65_HS1-834228961_62-HQ-83894_Section_1
Agency: FBI
Page 111
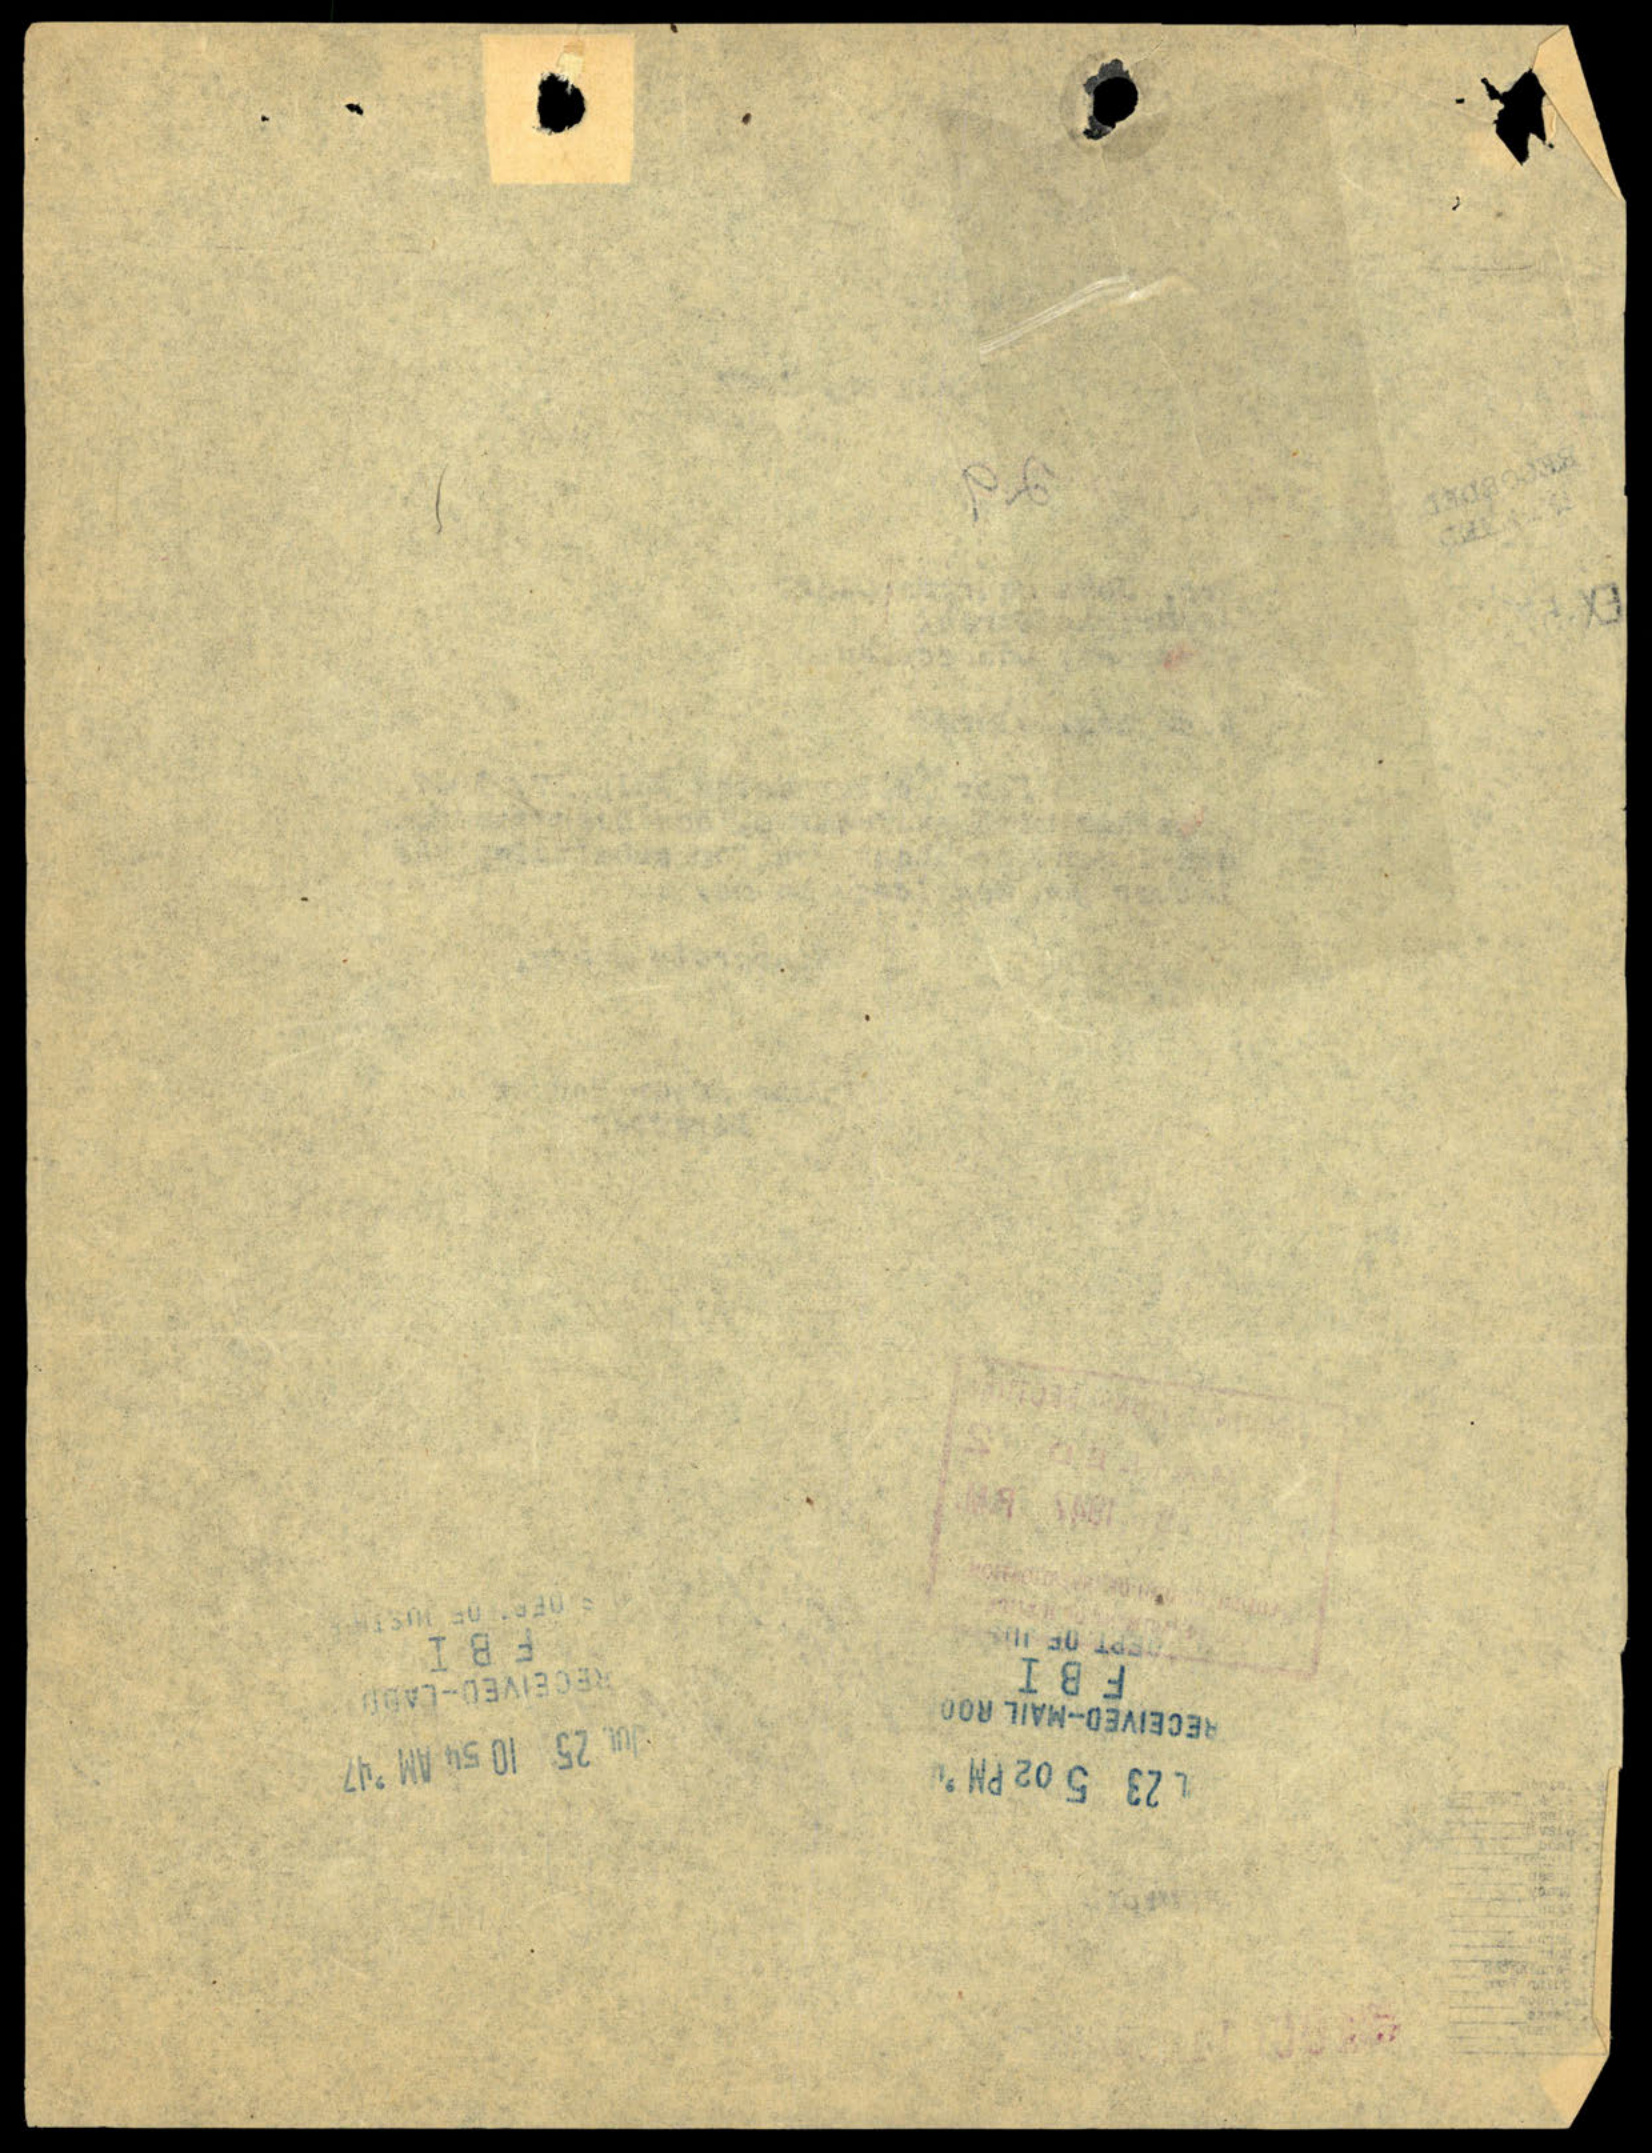